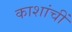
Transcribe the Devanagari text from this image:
काशांचीं